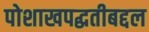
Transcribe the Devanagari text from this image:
पोशाखपद्धतीबद्दल